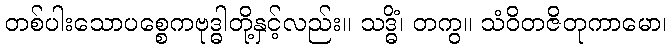
တစ်ပါးသောပစ္စေကဗုဒ္ဓါတို့နှင့်လည်း။ သဒ္ဓိံ၊ တကွ။ သံဝိတဇိတုကာမော၊